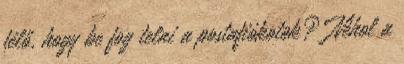
félő, hogy be fog telni a postafiókotok? Néhol a